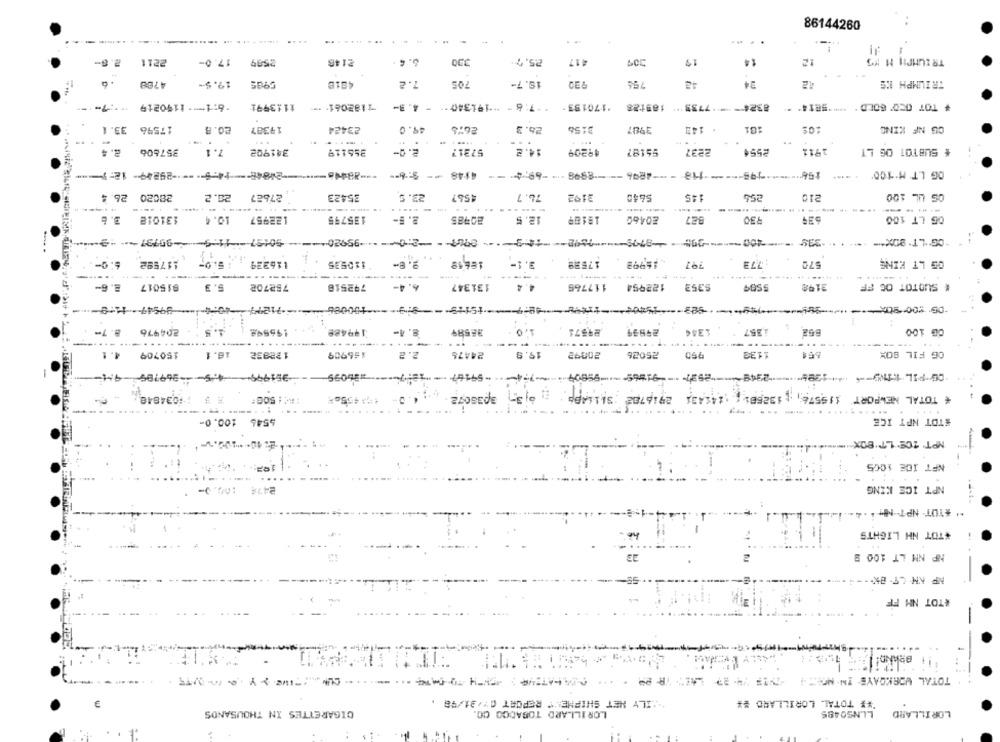
86144260
-----
-
1
2.6-
2211
17.0-
2599
2146
6.4 .
2.5.7
417
309
19
14
12
TRIUMPH H PS
4768
19.5-
59as
4918
7.2
705
19.7-
920
756
24
TRIUMPH KS
"6:1 -- 1190219 :7="
11:3991
- 4.3-
*- 7:8- 191340
170193-
189128
1182081 .***
17596 33.1
19387
23424
49.0
26.3
2156
OG NF KING
20.8
2676
3987
* 143
101
...
2. 4
357606
7.1
341902
355119
2. 0-
57217
14.2
19209
55187
2237
2911
# SUBTOT OG LT
OG LT M'100
2484-14:5 ------ 29249-12-1 -- >
41:48 -- 5:4-
-495 ----- 118 --- 4896 --- 8998 --- 69;+ --
23. 5
210
OS UL 100
28020 26.4
20.2
27627
35423
1567
76. 7
3192
5640
145
-...
----
131018
3. 6
10.4
122957
135755
2. F-
20985
12. 5
18189
20460
327
930
OG LT 106
"OG"LT.90 **-
117592 6:0-
116329
110535
18619
3.1-
17589
1773
OG LT KING
9.8-
570
----
915017 2.6-
5.3
752702
792518
6.4-
131347
4.4
117765
122954
$352
3198
# SUOTOT OG FF
100086
204976 8.7-
4.5
196948
199488
8.4-
RE589
10
29571
24959
1344
1357
OG 100
----.
4.1
150709
16. 1
1 22832
166909
2. 2
24476
19.8
20042
25026
OG FIL BOX
999
#16099
-59197
2349
2916782 SILLAPP
1155751 1325611
* TOTAL NEWPORT 115576;
1034848
: 50G:
5546 100.0-
#TOT NPT ICE
NPT ICS LT BOX
197
NPT IDE 1005
2474
NPT ICE KING
*TOT NH LIGHTS
NP NM LT 100 8
NP AM LT- BK- - --
#TOT NH FF
-
BOND! !
TOTAL WORKDAYS IN. NO .: 4
"ILY NET SHIPMENT REPORT 07/31/98 .
'## TOTAL. LORILLARD ##
CIGARETTES IN THOUSANDS
LORILLARD TOBADOO CO.
LLNS0485
LORILLARD